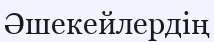
Әшекейлердің